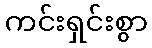
ကင်းရှင်းစွာ